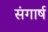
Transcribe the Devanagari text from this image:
संगार्ष